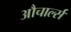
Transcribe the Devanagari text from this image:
औचार्ल्स